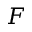
{ \cal F }